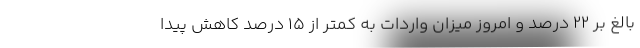
بالغ بر 22 درصد و امروز میزان واردات به کمتر از 15 درصد کاهش پیدا